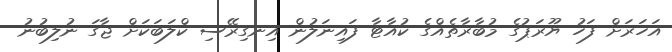
އަހަރަށް ފަހު ޔޫރަޕުގެ މުބާރާތެއްގެ ކުއާޓާ ފައިނަލުން އިނގިރޭސި ކްލަބަކަށް ޖާގަ ނުލިބުނު